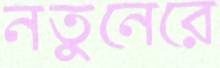
নতুনেরে